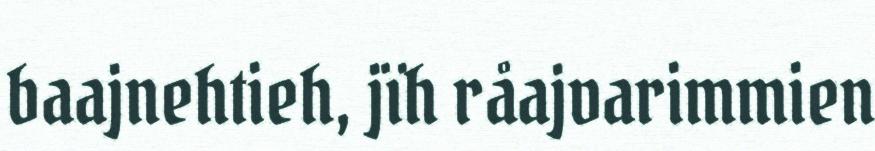
baajnehtieh, jïh råajvarimmien